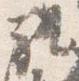
礼